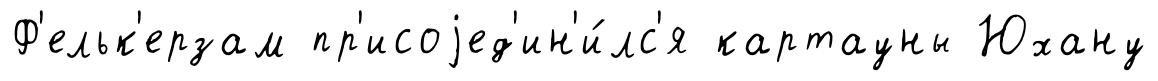
Ф'ельк'ерзам пр'исоjед'ин'и́лс'я картауны Юхану